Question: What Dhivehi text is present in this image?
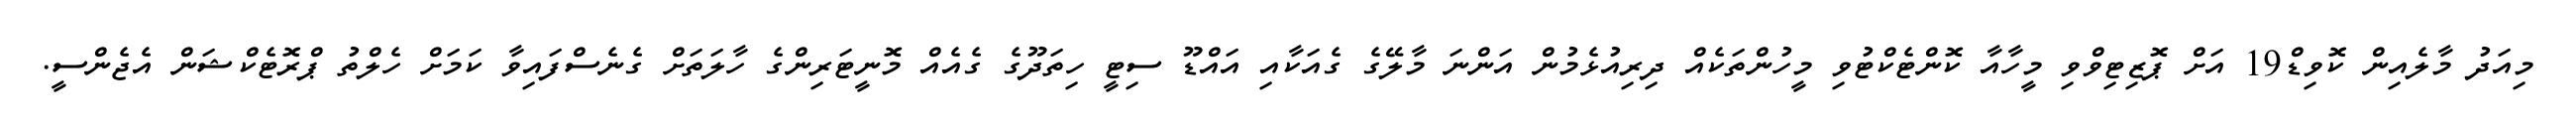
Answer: މިއަދު މާލެއިން ކޮވިޑް19 އަށް ޕޮޒިޓިވްވި މީހާއާ ކޮންޓެކްޓުވި މީހުންތަކެއް ދިރިއުޅެމުން އަންނަ މާލޭގެ ގެއަކާއި އައްޑޫ ސިޓީ ހިތަދޫގެ ގެއެއް މޮނީޓަރިންގެ ހާލަތަށް ގެނެސްފައިވާ ކަމަށް ހެލްތު ޕްރޮޓެކްޝަން އެޖެންސީ.